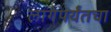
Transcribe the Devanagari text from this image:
लागेपर्यंतचा